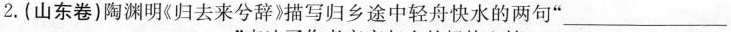
2.(山东卷)陶渊明《归去来兮辞)描写归乡途中轻舟快水的两句”__